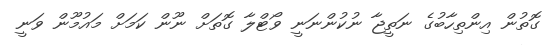
ގޮތުން އިންތިހާބުގެ ނަތީޖާ ނުކުންނަނީ ވޯޓްލާ ގޮތަށް ނޫން ކަމަށް މައުމޫން ވަނީ